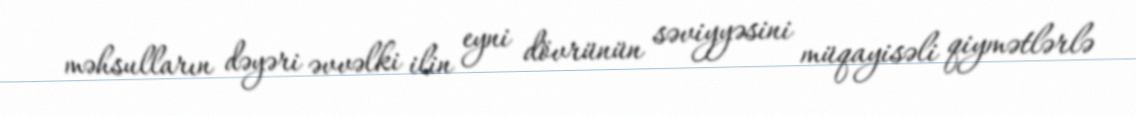
məhsulların dəyəri əvvəlki ilin eyni dövrünün səviyyəsini müqayisəli qiymətlərlə